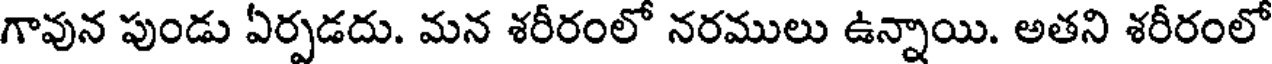
గావున పుండు ఏర్పడదు. మన శరీరంలో నరములు ఉన్నాయి. అతని శరీరంలో